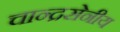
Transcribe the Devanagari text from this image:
चान्द्रसेनीय